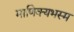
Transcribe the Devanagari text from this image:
माणिक्यभस्म